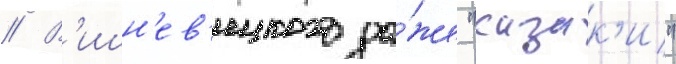
// В'ишн'ев'ецкого да́же "казак'и"